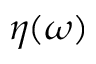
\eta ( \omega )